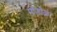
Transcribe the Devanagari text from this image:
मांडोळ